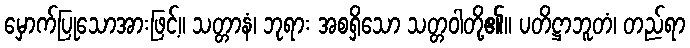
မှောက်ပြုသောအားဖြင့်။ သတ္တာနံ၊ ဘုရား အစရှိသော သတ္တဝါတို့၏။ ပတိဋ္ဌာဘူတံ၊ တည်ရာ